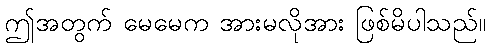
ဤအတွက် မေမေက အားမလိုအား ဖြစ်မိပါသည်။